Indian journal of veterinary science and animal husbandry - Volume 2,
Year: 1932
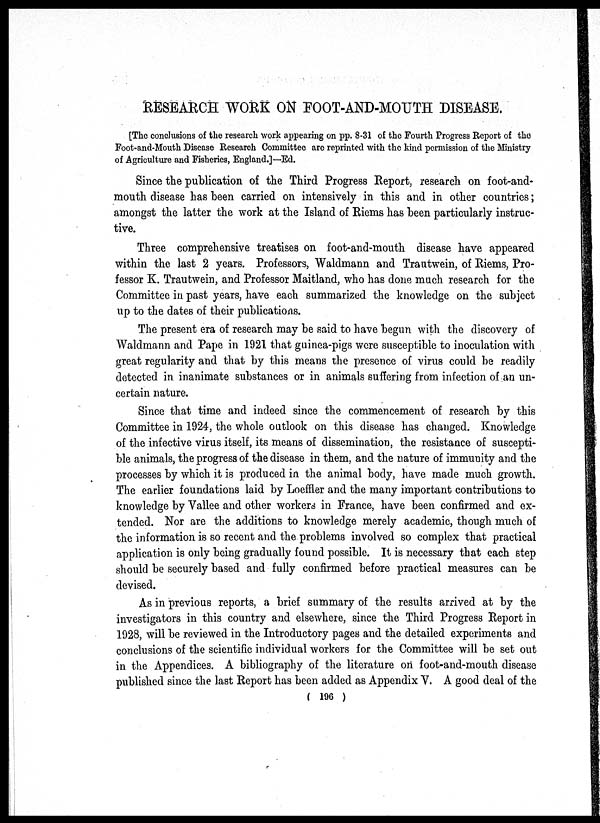
RESEARCH WORK ON FOOT-AND-MOUTH DISEASE.
[The conclusions of the research work appearing on pp. 8-31 of the Fourth Progress Report of the
Foot-and-Mouth Disease Research Committee are reprinted with the kind permission of the Ministry
of Agriculture and Fisheries, England.]—Ed.
Since the publication of the Third Progress Report, research on foot-and-
month disease has been carried on intensively in this and in other countries;
amongst the latter the work at the Island of Riems has been particularly instruc-
tive.
Three comprehensive treatises on foot-and-mouth disease have appeared
within the. last 2 years. Professors, Waldmann and Trautwein, of Riems, Pro-
fessor K. Trautwein, and Professor Maitland, who has done much research for the
Committee in past years, have each summarized the knowledge on the subject
up to the dates of their publications.
The present era of research may be said to have begun with the discovery of
Waldmann and Pape in 1921 that guinea-pigs were susceptible to inoculation with
great regularity and that by this means the presence of virus could be readily
detected in inanimate substances or in animals suffering from infection of an un-
certain nature.
Since that time and indeed since the commencement of research by this
Committee in 1924, the whole outlook on this disease has changed. Knowledge
of the infective virus itself, its means of dissemination, the resistance of suscepti-
ble animals, the progress of the disease in them, and the nature of immunity and the
processes by which it is produced in the animal body, have made much growth.
The earlier foundations laid by Loeffler and the many important contributions to
knowledge by Vallee and other workers in France, have been confirmed and ex-
tended. Nor are the additions to knowledge merely academic, though much of
the information is so recent and the problems involved so complex that practical
application is only being gradually found possible. It is necessary that each step
should be securely based and fully confirmed before practical measures can be
devised.
As in previous reports, a brief summary of the results arrived at by the
investigators in this country and elsewhere, since the Third Progress Report in
1928, will be reviewed in the Introductory pages and the detailed experiments and
conclusions of the scientific individual workers for the Committee will be set out
in the Appendices. A bibliography of the literature on foot-and-mouth disease
published since the last Report has been added as Appendix V. A good deal of the
( 196 )